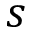
s